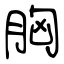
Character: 胸